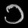
Digit: ၁